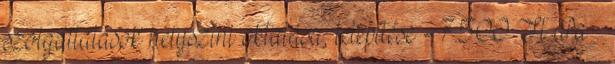
szolgáltatások helyszíni oktatása, telepítése - 7.500 Ft áfa